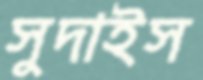
সুদাইস